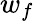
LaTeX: w_{f}